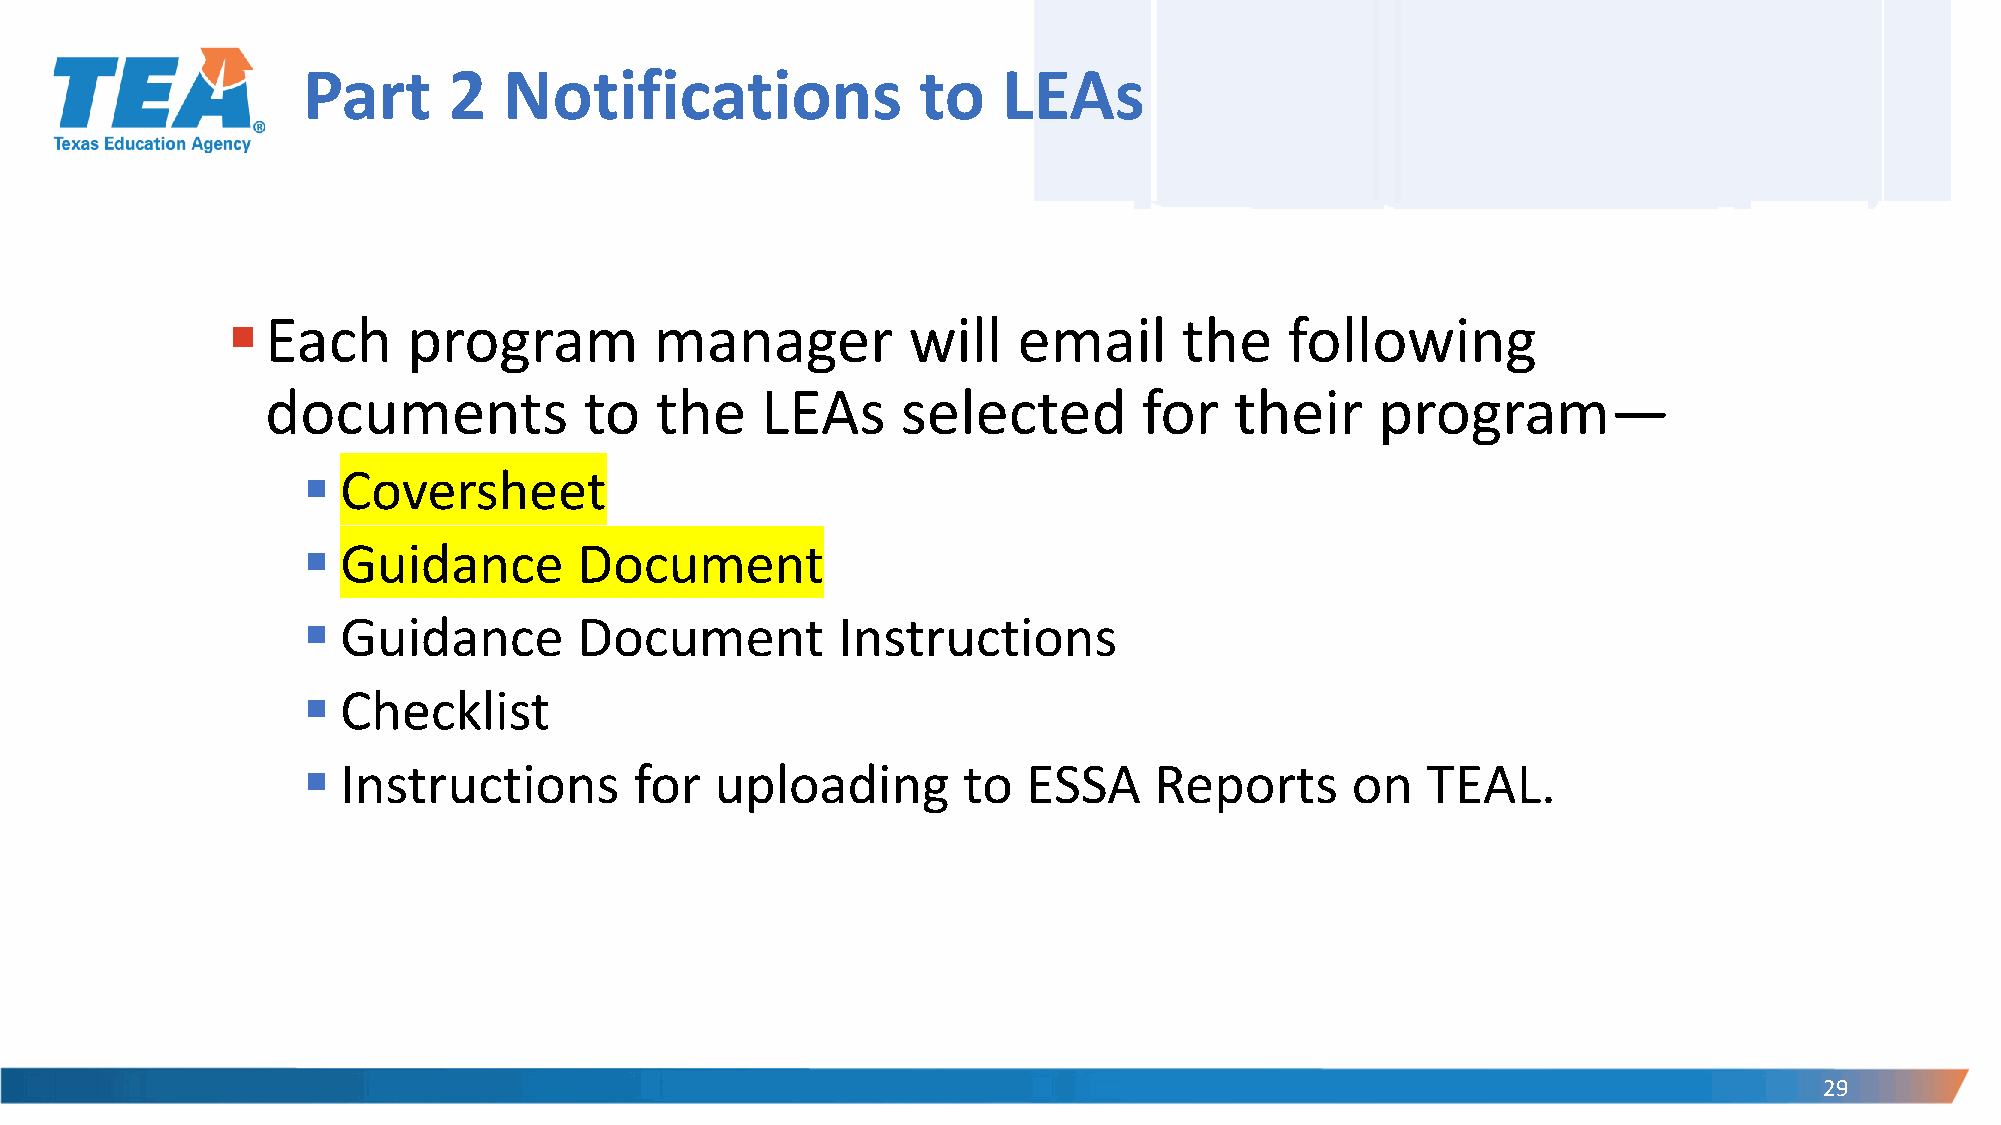
Part      2  Notifications               to   LEAs
 ▪  Each     program         manager          will   email      the    following
 documents            to  the    LEAs      selected        for   their    program—
 ▪  Coversheet
 ▪  Guidance       Document
 ▪  Guidance       Document         Instructions
 ▪  Checklist
 ▪  Instructions       for  uploading        to  ESSA    Reports      on   TEAL.
 29